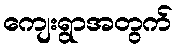
ကျေးရွာအတွက်